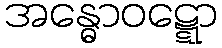
အန္ဓောဝဋ္ဋော